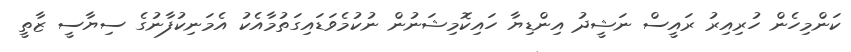
ކަންމިހެން ހުރިއިރު ރައީސް ނަޝީދު އިންޑިޔާ ހައިކޮމިޝަނުން ނުކުމެވަޑައިގަތުމާއެކު އެމަނިކުފާނުގެ ސިޔާސީ ޒާތީ